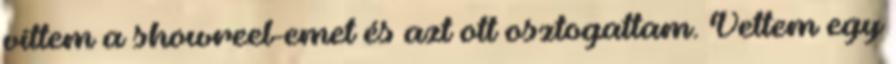
vittem a showreel-emet és azt ott osztogattam. Vettem egy